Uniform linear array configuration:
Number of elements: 32
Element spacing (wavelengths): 0.75
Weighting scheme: exponential
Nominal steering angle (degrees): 45
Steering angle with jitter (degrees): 44.388
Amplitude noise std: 0.05
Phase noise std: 0.05

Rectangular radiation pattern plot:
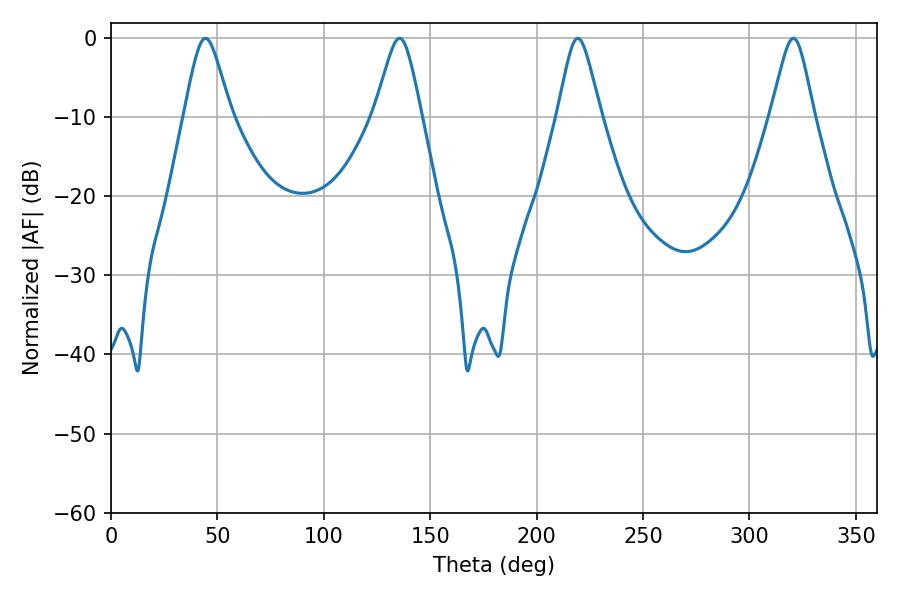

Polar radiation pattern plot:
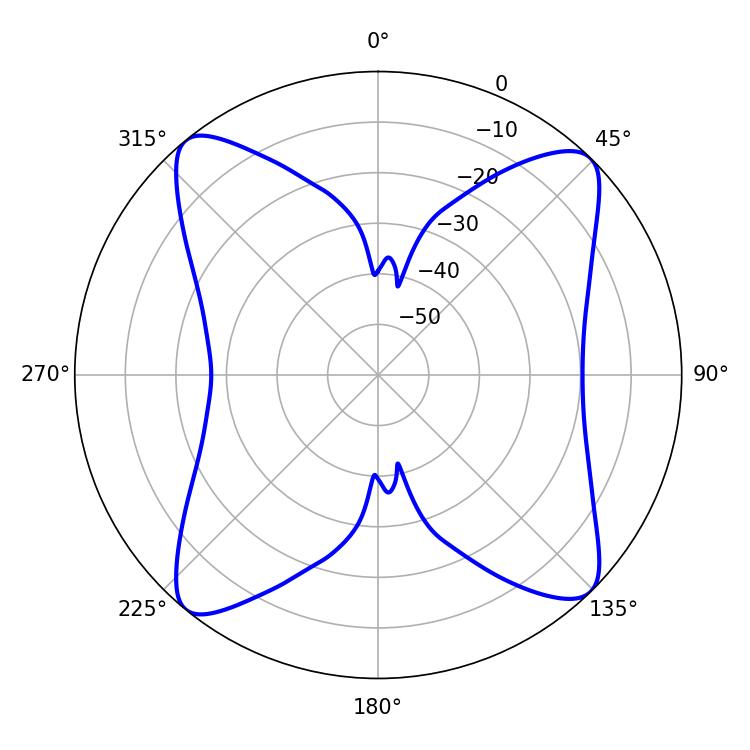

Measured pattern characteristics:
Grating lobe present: TRUE
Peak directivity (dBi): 14.957
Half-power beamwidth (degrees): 10.8
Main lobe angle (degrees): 44.46